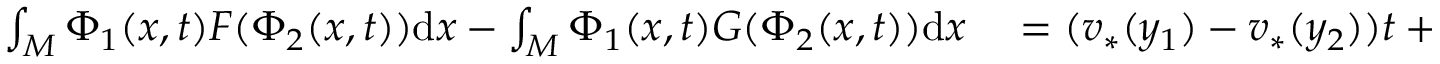
\begin{array} { r l } { \int _ { M } \Phi _ { 1 } ( x , t ) F ( \Phi _ { 2 } ( x , t ) ) \mathrm { d } x - \int _ { M } \Phi _ { 1 } ( x , t ) G ( \Phi _ { 2 } ( x , t ) ) \mathrm { d } x } & { { } = ( v _ { * } ( y _ { 1 } ) - v _ { * } ( y _ { 2 } ) ) t + \mathsf { R e m } ( t ) } \end{array}